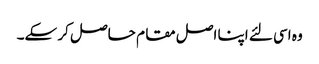
وہ اسی لئے اپنا اصل مقا م حاصل کر سکے۔